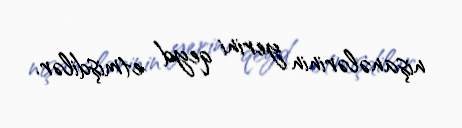
nişanələrinin yerini qeyd etmişdilər.